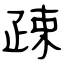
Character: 疎